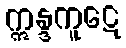
ဣန္ဒကူဋေ